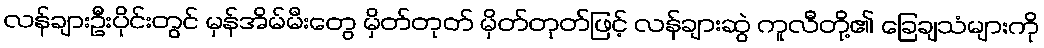
လန်ချားဦးပိုင်းတွင် မှန်အိမ်မီးတွေ မှိတ်တုတ် မှိတ်တုတ်ဖြင့် လန်ချားဆွဲ ကူလီတို့၏ ခြေချသံများကို